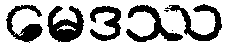
မေဒဿ